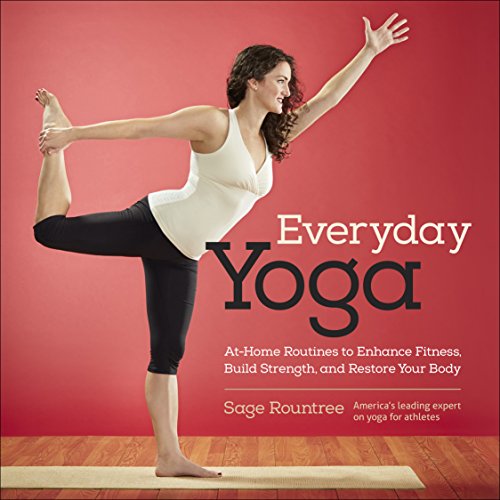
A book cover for Everyday Yoga: At-Home Routines to Enhance Fitness, Build Strength, and Restore Your Body; Sage Rountree; Health, Fitness & Dieting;